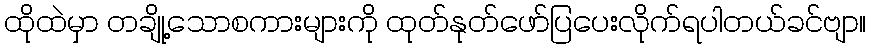
ထိုထဲမှာ တချို့သောစကားများကို ထုတ်နုတ်ဖော်ပြပေးလိုက်ရပါတယ်ခင်ဗျာ။